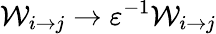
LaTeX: \mathcal{W}_{i\to j}\to\varepsilon^{-1}\mathcal{W}_{i\to j}